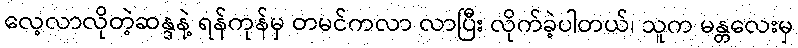
လေ့လာလိုတဲ့ဆန္ဒနဲ့ ရန်ကုန်မှ တမင်ကလာ လာပြီး လိုက်ခဲ့ပါတယ်၊ သူက မန္တလေးမှ